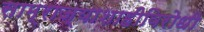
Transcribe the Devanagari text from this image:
साम्राज्याशाहीविरोधी